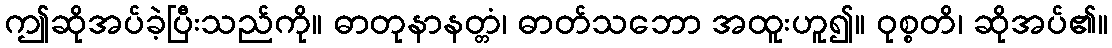
ဤဆိုအပ်ခဲ့ပြီးသည်ကို။ ဓာတုနာနတ္တံ၊ ဓာတ်သဘော အထူးဟူ၍။ ဝုစ္စတိ၊ ဆိုအပ်၏။